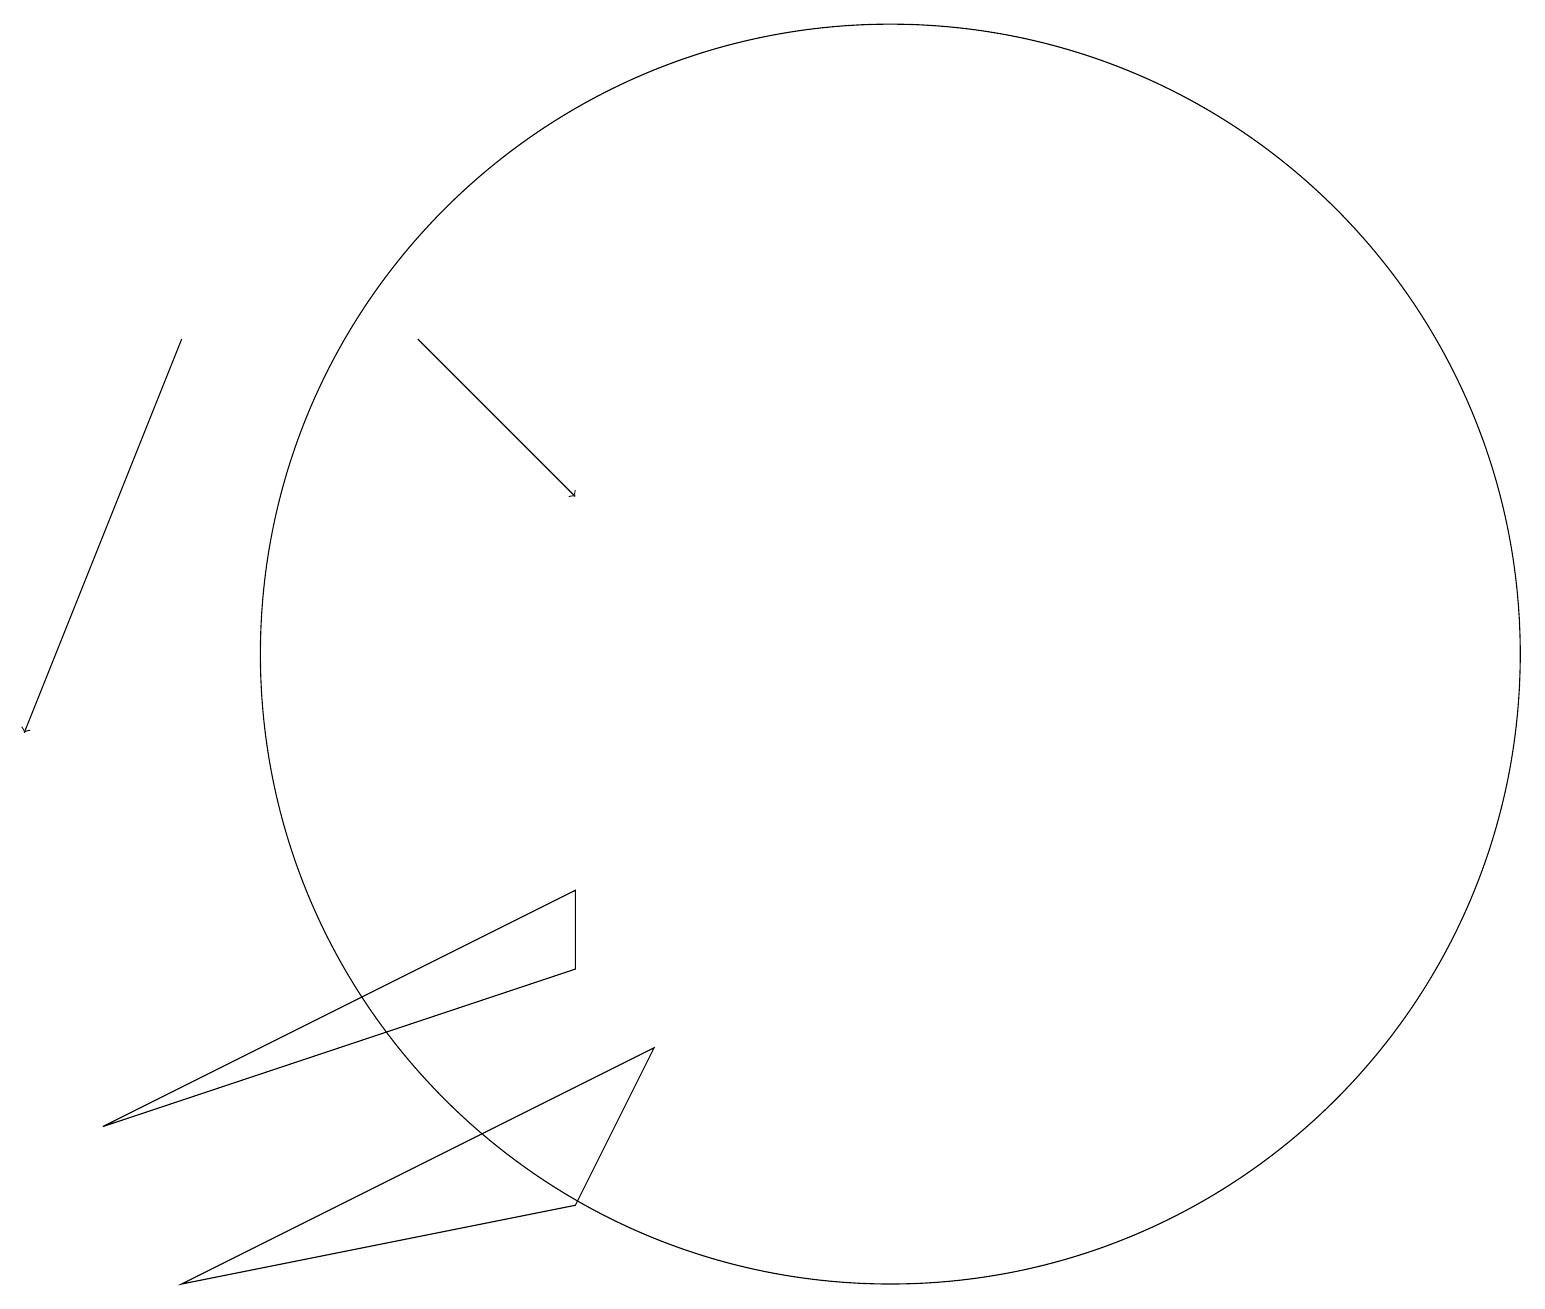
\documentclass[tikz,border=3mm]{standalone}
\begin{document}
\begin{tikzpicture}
\draw (7,8) -- (7,7) -- (1,5) -- cycle;
\draw (7,4) -- (8,6) -- (2,3) -- cycle;
\draw[->] (5,15) -- (7,13);
\draw (11,11) circle (8);
\draw[->] (2,15) -- (0,10);
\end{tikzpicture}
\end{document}